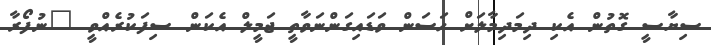
ސިޔާސީ ގޮތުން އެކި ދިމަދިމާލަށް ހަސަން ވަޑައިގަންނަވާތީ ޖަމީލް އެކަން ސިފަކުރެއްވީ "ނުފޯރާ